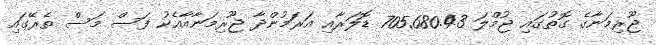
ޖޫރިމަނާގެ ގޮތުގައި ޖުމްލަ 705